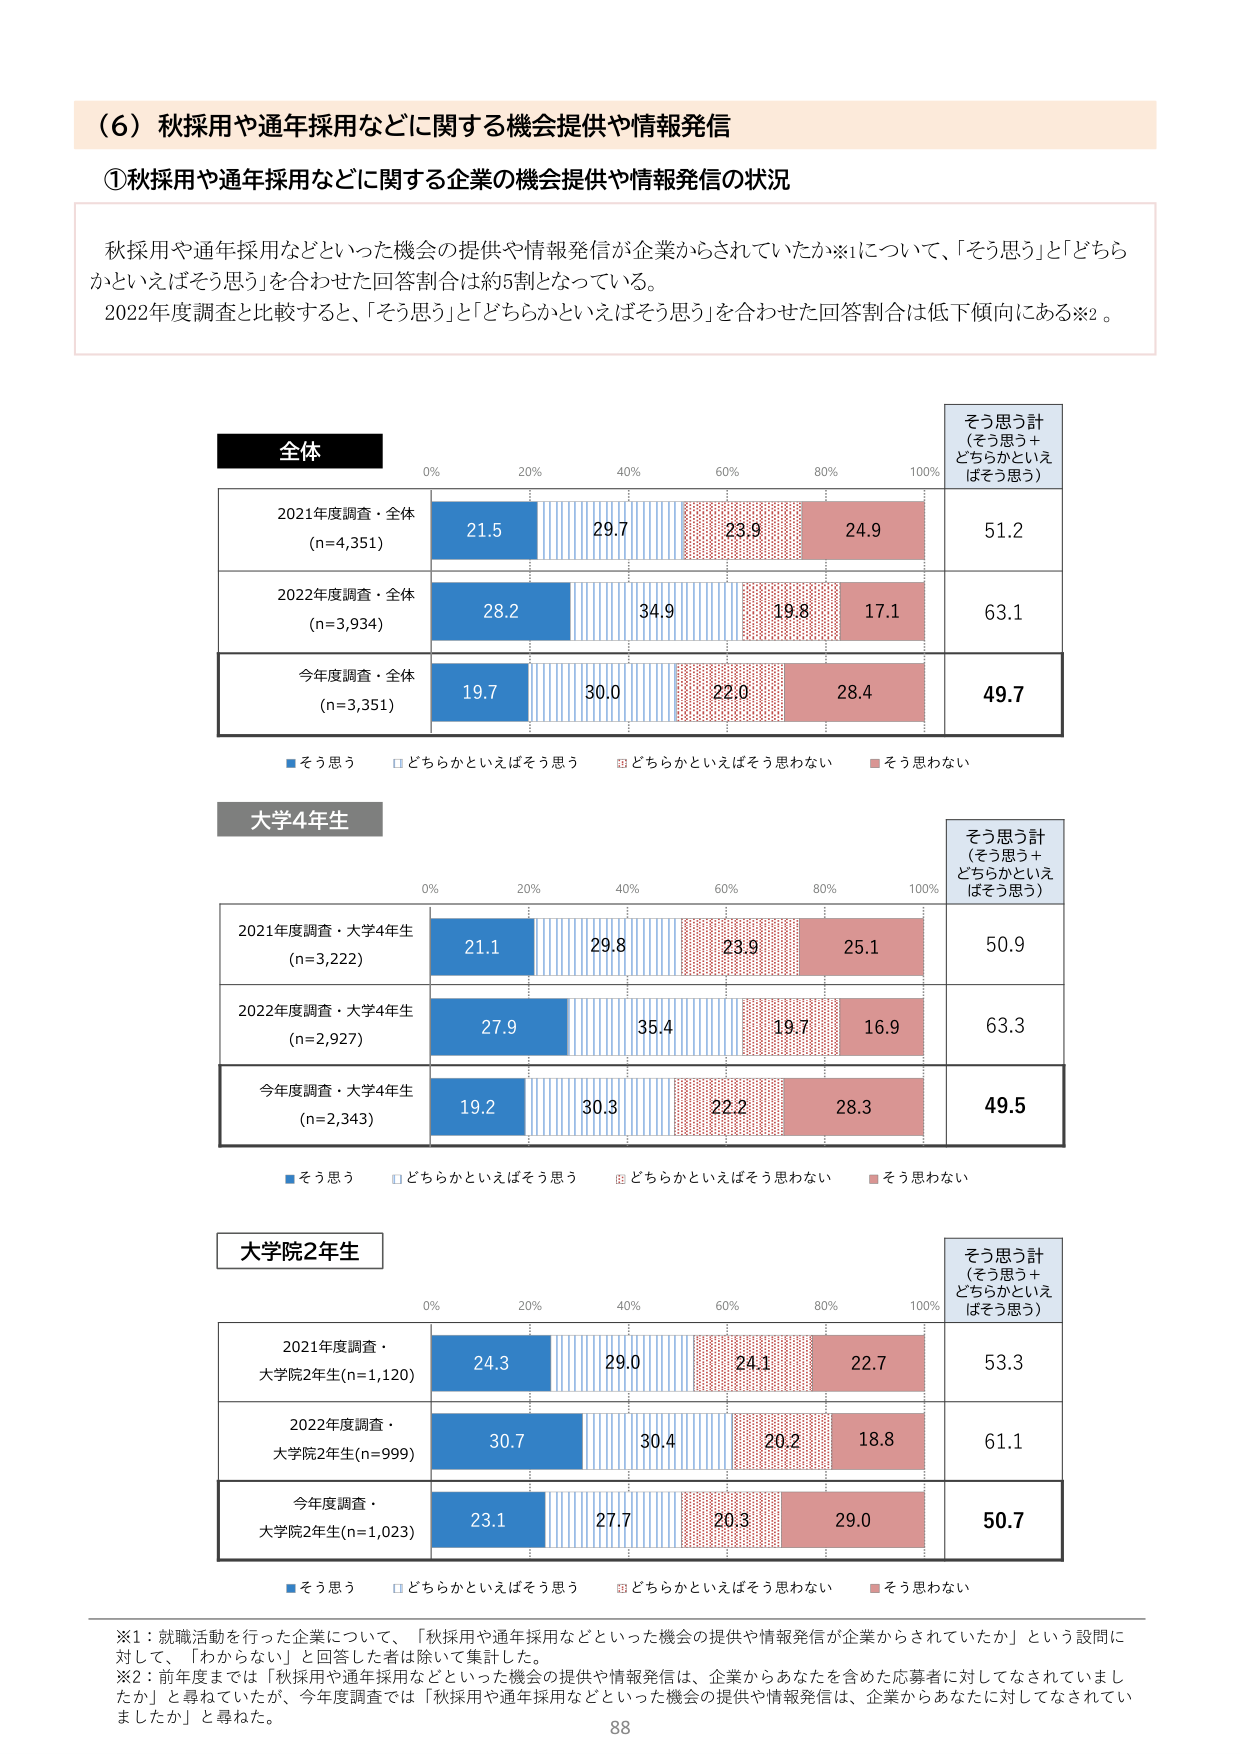
（６）秋採用や通年採用などに関する機会提供や情報発信

①秋採用や通年採用などに関する企業の機会提供や情報発信の状況

秋採用や通年採用などといった機会の提供や情報発信が企業からされていたか※1について、「そう思う」と「どちらかといえばそう思う」を合わせた回答割合は約5割となっている。
2022年度調査と比較すると、「そう思う」と「どちらかといえばそう思う」を合わせた回答割合は低下傾向にある※2。

全体
0% 20% 40% 60% 80% 100%
2021年度調査・全体 (n=4,351) 21.5 29.7 23.9 24.9 51.2
2022年度調査・全体 (n=3,934) 28.2 34.9 19.8 17.1 63.1
今年度調査・全体 (n=3,351) 19.7 30.0 22.0 28.4 49.7
■そう思う □どちらかといえばそう思う □どちらかといえばそう思わない ■そう思わない

そう思う計
（そう思う＋
どちらかといえ
ばそう思う）

大学4年生
0% 20% 40% 60% 80% 100%
2021年度調査・大学4年生 (n=3,222) 21.1 29.8 23.9 25.1 50.9
2022年度調査・大学4年生 (n=2,927) 27.9 35.4 19.7 16.9 63.3
今年度調査・大学4年生 (n=2,343) 19.2 30.3 22.2 28.3 49.5
■そう思う □どちらかといえばそう思う □どちらかといえばそう思わない ■そう思わない

そう思う計
（そう思う＋
どちらかといえ
ばそう思う）

大学院2年生
0% 20% 40% 60% 80% 100%
2021年度調査・大学院2年生(n=1,120) 24.3 29.0 24.1 22.7 53.3
2022年度調査・大学院2年生(n=999) 30.7 30.4 20.2 18.8 61.1
今年度調査・大学院2年生(n=1,023) 23.1 27.7 20.3 29.0 50.7
■そう思う □どちらかといえばそう思う □どちらかといえばそう思わない ■そう思わない

そう思う計
（そう思う＋
どちらかといえ
ばそう思う）

※1：就職活動を行った企業について、「秋採用や通年採用などといった機会の提供や情報発信が企業からされていたか」という設問に対して、「わからな い」と回答した者は除いて集計した。
※2：前年度までは「秋採用や通年採用などといった機会の提供や情報発信は、企業からあなたを含めた応募者に対してなされていましたか」と尋ねていたが、今年度調査では「秋採用や通年採用などといった機会の提供や情報発信は、企業からあなたに対してなされていましたか」と尋ねた。

88